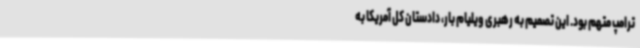
ترامپ متهم بود. این تصمیم به رهبری ویلیام بار، دادستان کل آمریکا به